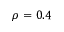
\rho = 0 . 4